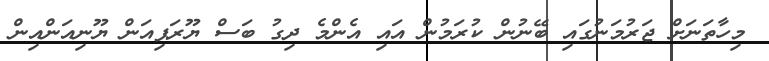
މިހާތަނަށް ޖަރުމަނުގައި ބޭނުން ކުރަމުން އައި އެންމެ ދިގު ބަސް ޔޫރަޕިއަން ޔޫނިއަންއިން